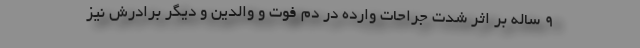
۹ ساله بر اثر شدت جراحات وارده در دم فوت و والدین و دیگر برادرش نیز